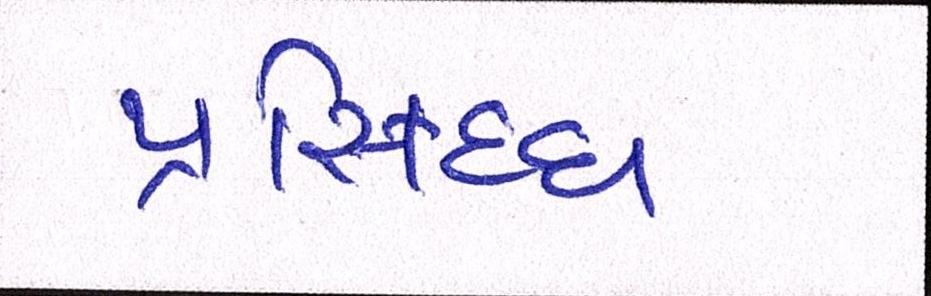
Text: પ્રસ્સિદ્ધ